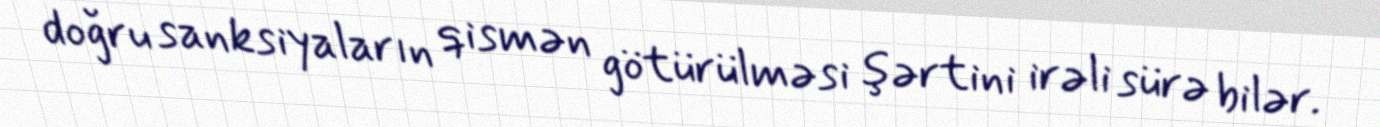
doğru sanksiyaların qismən götürülməsi şərtini irəli sürə bilər.